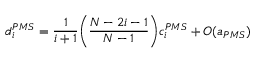
d _ { i } ^ { P M S } = \frac { 1 } { i + 1 } \bigg ( \frac { N - 2 i - 1 } { N - 1 } \bigg ) c _ { i } ^ { P M S } + O ( a _ { P M S } )